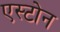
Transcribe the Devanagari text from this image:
एस्टोन